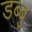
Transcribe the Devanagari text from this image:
डब्बु